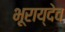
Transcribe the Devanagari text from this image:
भूराय्देव